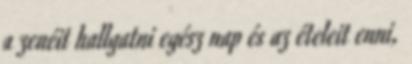
a zenéit hallgatni egész nap és az ételeit enni,